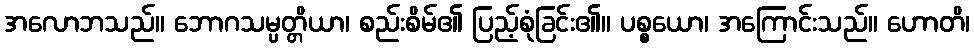
အလောဘသည်။ ဘောဂသမ္ပတ္တိယာ၊ စည်းစိမ်၏ ပြည့်စုံခြင်း၏။ ပစ္စယော၊ အကြောင်းသည်။ ဟောတိ၊